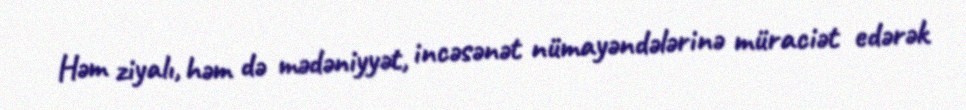
Həm ziyalı, həm də mədəniyyət, incəsənət nümayəndələrinə müraciət edərək